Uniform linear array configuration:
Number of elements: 24
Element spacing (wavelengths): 0.75
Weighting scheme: uniform
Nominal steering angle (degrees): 30
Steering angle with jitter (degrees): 29.427
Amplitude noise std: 0.05
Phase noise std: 0.05

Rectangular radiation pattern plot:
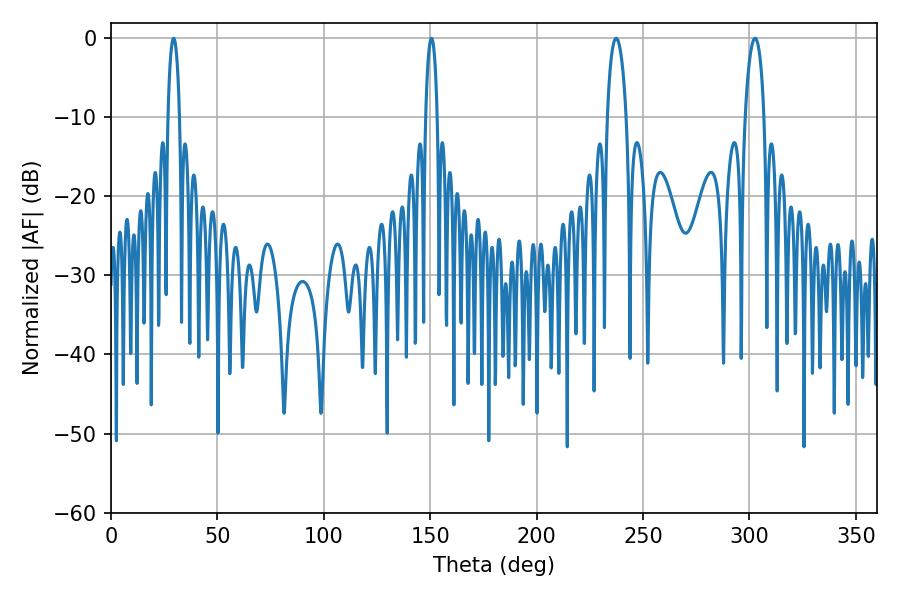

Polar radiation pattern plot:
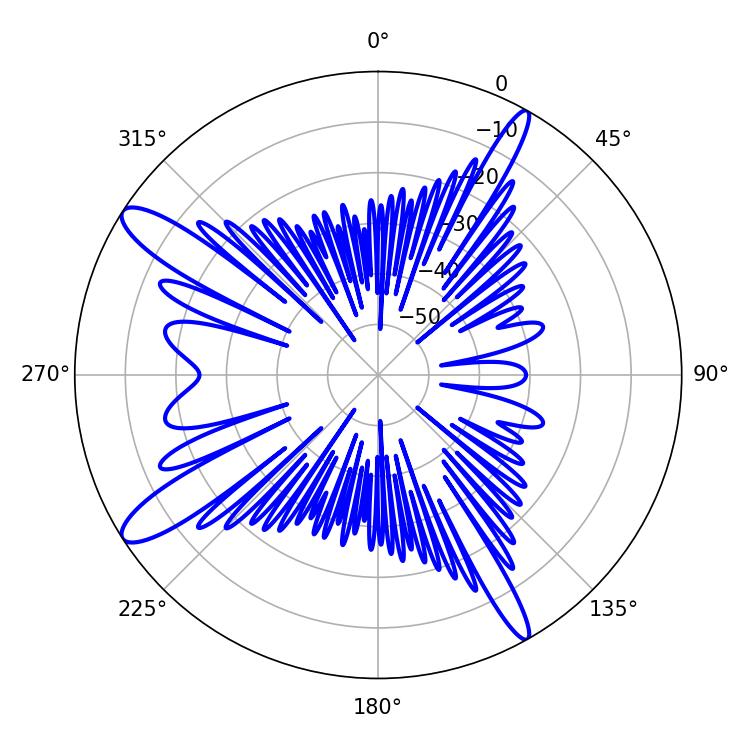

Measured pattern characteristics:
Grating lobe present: TRUE
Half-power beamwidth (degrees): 5.04
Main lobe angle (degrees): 237.42